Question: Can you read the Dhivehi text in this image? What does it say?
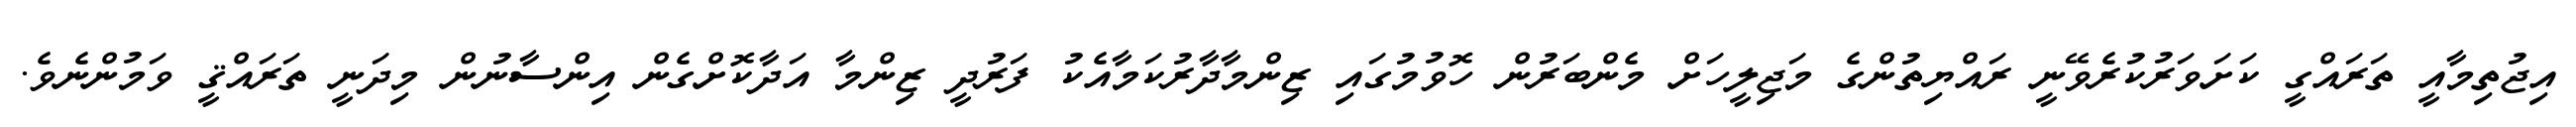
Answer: އިޖުތިމާއީ ތަރައްގީ ކަށަވަރުކުރެވޭނީ ރައްޔިތުންގެ މަޖިލީހަށް މެންބަރުން ހޮވުމުގައި ޒިންމާދާރުކަމާއެކު ފަރުދީ ޒިންމާ އަދާކޮށްގެން އިންސާނުން މިދަނީ ތަރައްޤީ ވަމުންނެވެ.